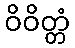
ဝိဝိတ္တံ